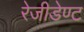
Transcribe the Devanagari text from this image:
रेजीडेण्ट